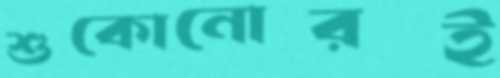
শুকোনোরই